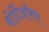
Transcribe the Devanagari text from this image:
बोर्डिऑक्स